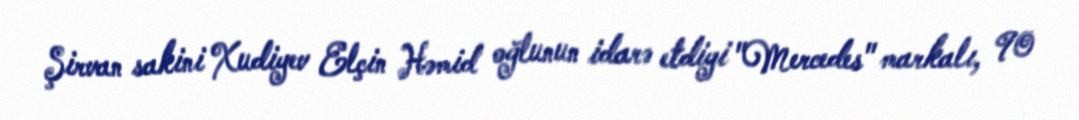
Şirvan sakini Xudiyev Elçin Həmid oğlunun idarə etdiyi "Mercedes" markalı, 90